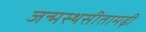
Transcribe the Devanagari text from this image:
जन्मस्थसीतामढ़ी